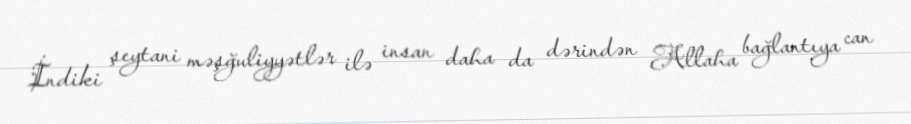
İndiki şeytani məşğuliyyətlər ilə insan daha da dərindən Allaha bağlantıya can